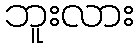
ဘူးလား